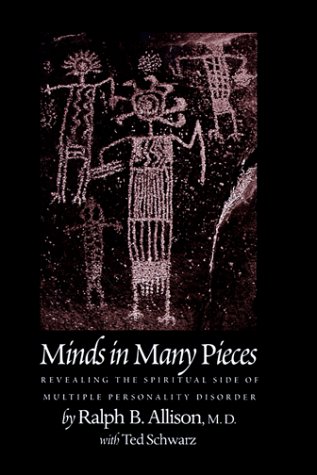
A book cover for Minds In Many Pieces: Revealing the Spiritual Side of Multiple Personality Disorder; Ted Schwarz; Health, Fitness & Dieting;